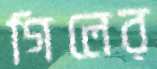
গিলের